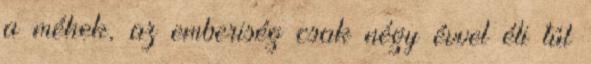
a méhek, az emberiség csak négy évvel éli túl